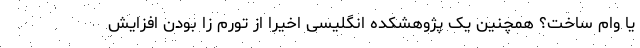
یا وام ساخت؟ همچنین یک پژوهشکده انگلیسی اخیراً از تورم زا بودن افزایش